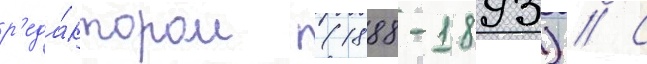
р'еда́ктором (1888-1893) // С